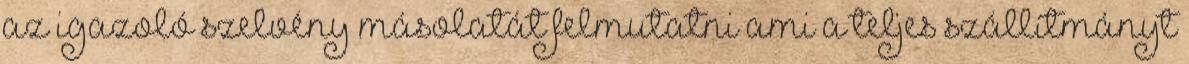
az igazoló szelvény másolatát felmutatni ami a teljes szállítmányt